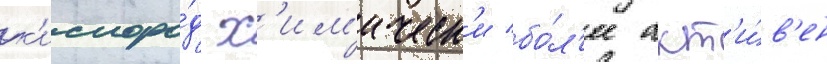
к'ислоро́д х'им'ическ'и бо́л'ее акт'и́в'ен